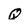
Character: Q